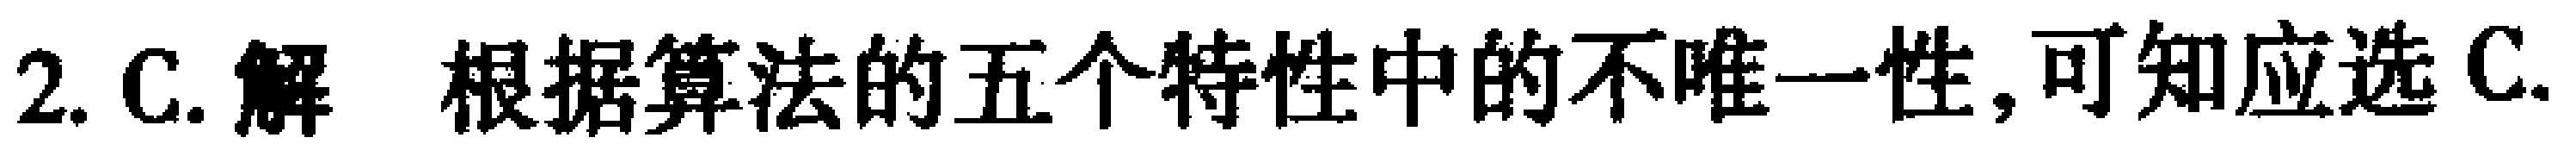
2. C. 解 根据算法的五个特性中的不唯一性,可知应选 C.